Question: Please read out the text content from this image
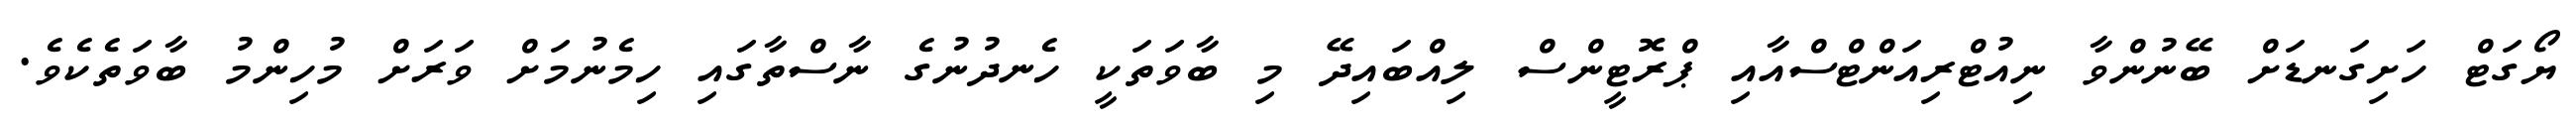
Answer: ޔޯގަޓް ހަށިގަނޑަށް ބޭނުންވާ ނިއުޓްރިއަންޓްސްއާއި ޕްރޮޓީންސް ލިއްބައިދޭ މި ބާވަތަކީ ހެނދުނުގެ ނާސްތާގައި ހިމެނުމަށް ވަރަށް މުހިންމު ބާވަތެކެވެ.